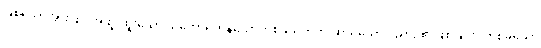
ဖြစ်သောအားဖြင့် အထူးထူးသော သဘောရှိကုန်သောတစ်ခုယုတ်ကိုးဆယ်သော ဝိညာဉ်၏ဖြစ်ခြင်း။ တစ်ခုသော